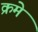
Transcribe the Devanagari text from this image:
क्रमे